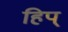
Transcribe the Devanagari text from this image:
हिप्